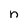
Character: n